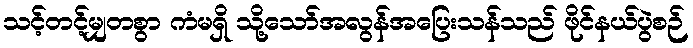
သင့်တင့်မျှတစွာ ကံမရှိ သို့သော်အလွန်အပြေးသန်သည် ဖိုင်နယ်ပွဲစဉ်